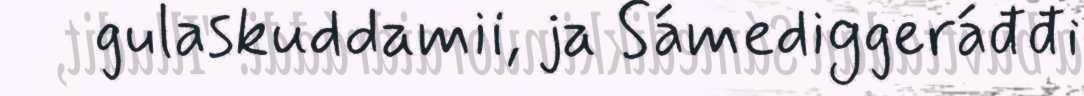
gulaskuddamii, ja Sámediggeráđđi